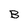
Character: B